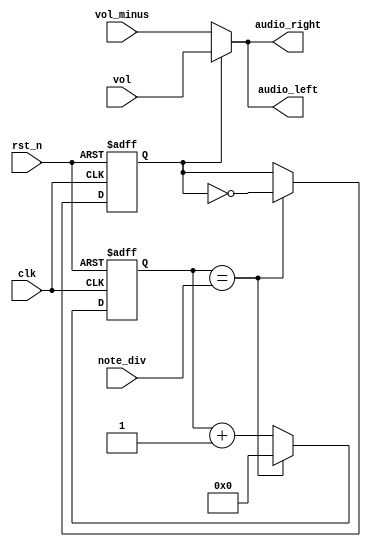
module buzzer_control(
    clk,
    rst_n,
    vol,
    vol_minus,
    note_div,
    audio_left,
    audio_right
);
input clk;
input rst_n;
input [21:0] note_div;
input [15:0] vol, vol_minus;
output [15:0] audio_left;
output [15:0] audio_right;
reg [21:0] clk_cnt_next, clk_cnt;
reg b_clk, b_clk_next;

always @(posedge clk or negedge rst_n)
    if (~rst_n)
    begin
        clk_cnt <= 22'd0;
        b_clk <= 1'b0;
    end
    else
    begin
        clk_cnt <= clk_cnt_next;
        b_clk <= b_clk_next;
    end

always @*
    if (clk_cnt == note_div)
    begin
        clk_cnt_next = 22'd0;
        b_clk_next = ~b_clk;
    end
    else
    begin
        clk_cnt_next = clk_cnt + 1'b1;
        b_clk_next = b_clk;
    end

assign audio_left = (b_clk == 1'b0) ? vol_minus : vol;  //change the volume
assign audio_right = (b_clk == 1'b0) ? vol_minus : vol; //change the volume

endmodule